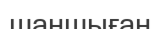
шаншыған